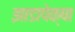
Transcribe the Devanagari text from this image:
झाडापेक्षा